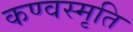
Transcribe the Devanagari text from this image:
कण्वस्मृति